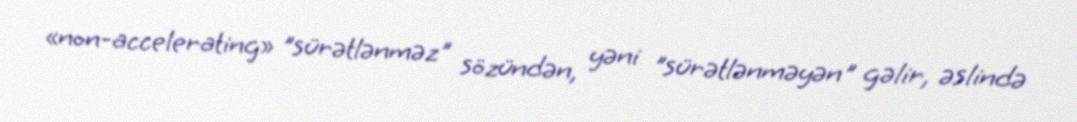
«non-accelerating» "sürətlənməz" sözündən, yəni "sürətlənməyən" gəlir, əslində